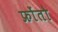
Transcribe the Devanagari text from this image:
फ्रोंतो